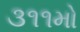
૩૧૧મો